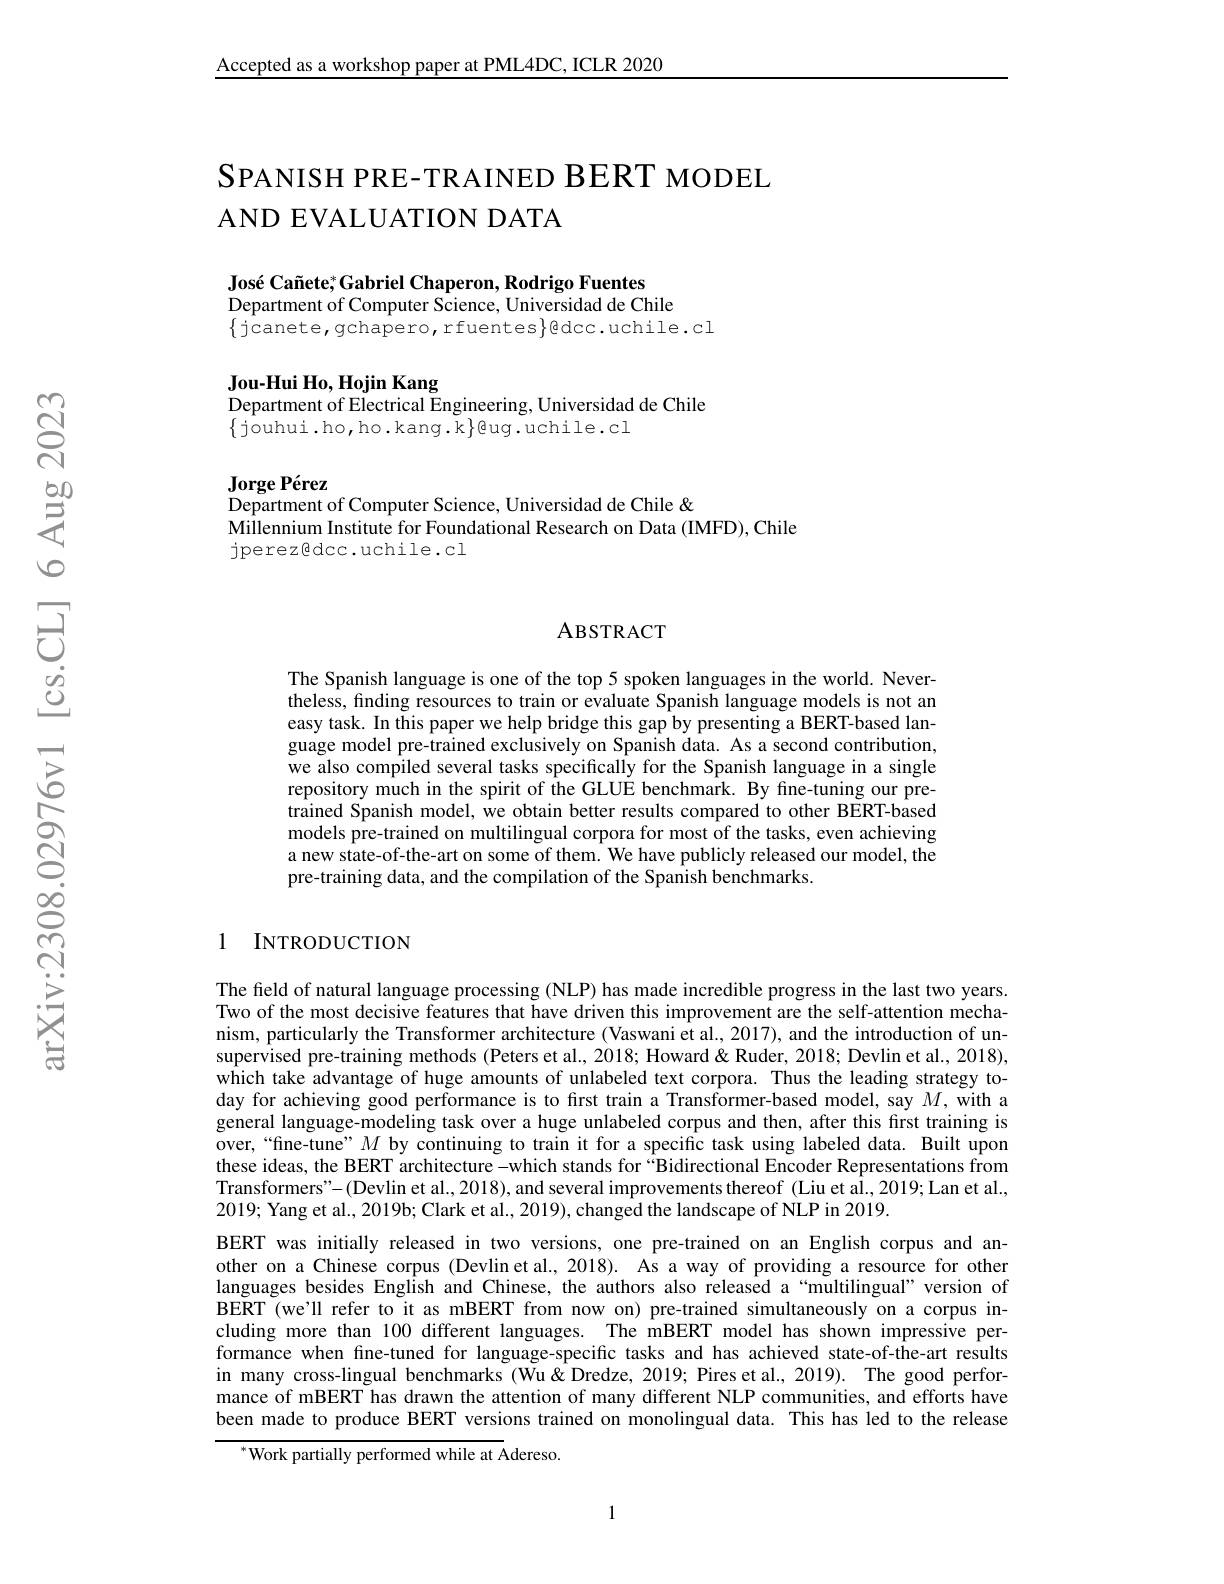
Accepted as a workshop paper at PML4DC, ICLR 2020

# SPANISH PRE- TRAINED BERT MODEL AND EVALUATION DATA

José Cañete; Gabriel Chaperon, Rodrigo Fuentes

Department of Computer Science, Universidad de Chile

$\{$jcanete, gchapero, rfuentes$\}$@dcc.uchile.cl

$\textbf{Jou- Hui Ho, Hojin Kang}$
Department of Electrical Engineering, Universidad de Chile
$\{$jouhui.ho,ho.kang.k$\}$eug.uchile.cl

Jorge Pérez
Department of Computer Science, Universidad de Chile &
$\hat{\text{Millennium Institute for Foundational Research on Data (IMFD), Chile}}$
jperez@dcc.uchile.cl

### ABSTRACT

The Spanish language is one of the top 5 spoken languages in the world. Nevertheless, finding resources to train or evaluate Spanish language models is not an easy task. In this paper we help bridge this gap by presenting a BERT-based language model pre-trained exclusively on Spanish data. As a second contribution, we also compiled several tasks specifically for the Spanish language in a single repository much in the spirit of the GLUE benchmark. By fine-tuning our pretrained Spanish model, we obtain better results compared to other BERT-based models pre-trained on multilingual corpora for most of the tasks, even achieving a new state-of-the-art on some of them. We have publicly released our model, the pre-training data, and the compilation of the Spanish benchmarks.

### 1 INTRODUCTION

The field of natural language processing (NLP) has made incredible progress in the last two years. Two of the most decisive features that have driven this improvement are the self-attention mechanism, particularly the Transformer architecture (Vaswani et al., 2017), and the introduction of unsupervised pre-training methods (Peters et al., 2018; Howard& 2018; Devlin et al., 2018), which take advantage of huge amounts of unlabeled text corpora. Thus the leading strategy today for achieving good performance is to first train a Transformer-based model, say $M$, with a general language-modeling task over a huge unlabeled corpus and then, after this frst training is over,“fine-tune”$M$ by continuing to train it for a specific task using labeled data. Built upon these ideas, the BERT architecture -which stands for “Bidirectional Encoder Representations from Transformers"-(Devlin et al., 2018), and several improvements thereof (Liu et al., 2019; Lan et al., 2019; Yang et al., 2019b; Clark et al., 2019), changed the landscape of NLP in 2019.
BERT was initially released in two versions, one pre-trained on an English corpus and another on a Chinese corpus (Devlin et al., 2018). As a way of providing a resource for other languages besides English and Chinese, the authors also releasêd a“multilingual” version of BERT (we'll refer to it as mBERT from now on) pre-trained simultaneously on a corpus including more than 100 different languages. The mBERT model has shown impressive performance when fine-tuned for language-specific tasks and has achieved state-of-the-art results in many cross-lingual benchmarks (Wu&Dredze, 2019; Pires et al., 2019). The good performance of mBERT has drawn the attention of many different NLP communities, and efforts have been made to produce BERT versions trained on monolingual data. This has led to the release
${^{*}\text{Work partially performed while at A}}$dereso.

1